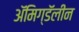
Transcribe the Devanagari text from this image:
ॲमिग्डॅलीन